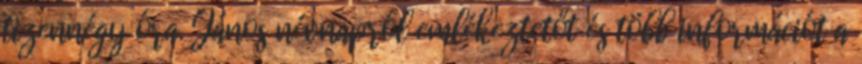
tizennégy óra. János névnapról emlékeztetőt és több információt a